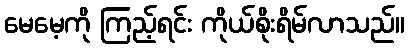
မေမေ့ကို ကြည့်ရင်း ကိုယ်စိုးရိမ်လာသည်။